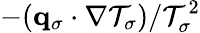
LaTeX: -({\mathbf q}_{\sigma}\cdot\nabla{\cal T}_{\sigma})/{\cal T}_{\sigma}^{2}